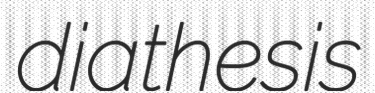
diathesis